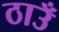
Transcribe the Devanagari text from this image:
ठाउँ